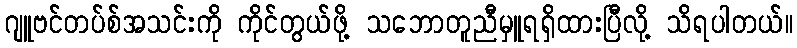
ဂျူဗင်တပ်စ်အသင်းကို ကိုင်တွယ်ဖို့ သဘောတူညီမှူရရှိထားပြီလို့ သိရပါတယ်။